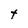
Character: t